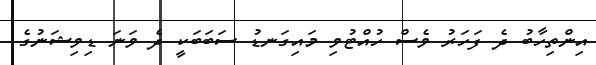
އިންތިހާބު ދެ ފަހަރު ވެސް ހުއްޓުވި މައިގަނޑު ސަބަބަކީ ދެ ވަނަ ޑިވިޝަނުގެ